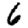
Digit: 6